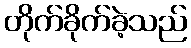
တိုက်ခိုက်ခဲ့သည်